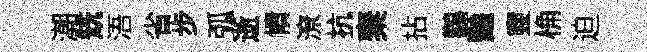
潮兟浯省步弧逝幘潦抗棄拈鸛豔靈桷迫